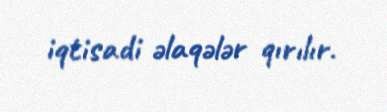
iqtisadi əlaqələr qırılır.